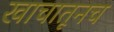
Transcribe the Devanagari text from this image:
खाचातूनच